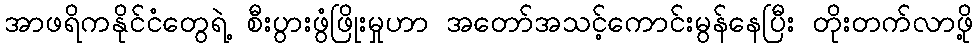
အာဖရိကနိုင်ငံတွေရဲ့ စီးပွားဖွံဖြိုးမှုဟာ အတော်အသင့်ကောင်းမွန်နေပြီး တိုးတက်လာဖို့